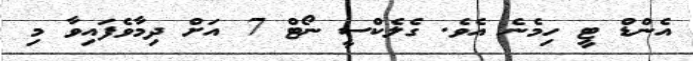
އެންޑް ޓީ ހިމެނެ އެވެ. ގެލެކްސީ ނޯޓް 7 އަށް ދިމާވެފައިވާ މި